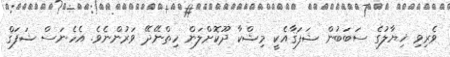
ވެރިވި ޚިޔާލުގެ ސަބަބުން ޝަފަޤާއެކީ މިޝްކާ ދޫކޮށްލަން ހިތްނޭދޭ ވަރުންނެވެ. އެހެނަސް ޝަފަޤް